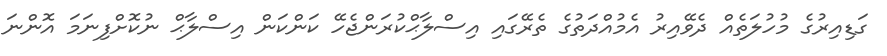
ގަޑިއިރުގެ މުހުލަތެއް ދެވޭއިރު އެމުއްދަތުގެ ތެރޭގައި އިސްލާޙްކުރަންޖެހޭ ކަންކަން އިސްލާޙް ނުކޮށްފިނަމަ އޮންނަ